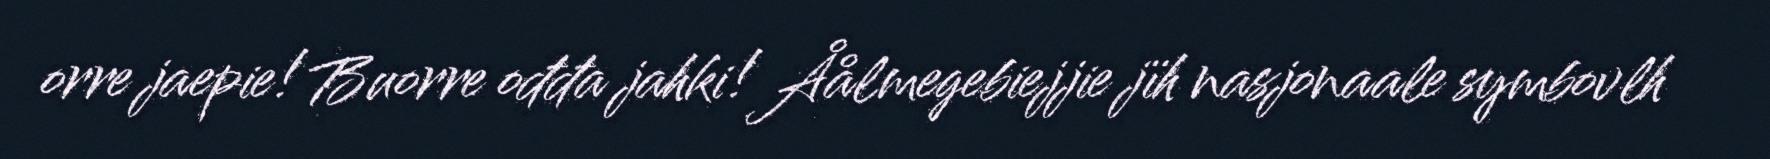
orre jaepie! Buorre ođđa jahki! Åålmegebiejjie jïh nasjonaale symbovlh